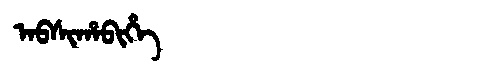
Manchu: ᠠᠪᠰᡳᡥᠠᠪᡳᡥᡝ
Romanization: ABSIHABIHE